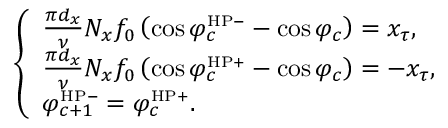
\left\{ \begin{array} { l l } { \frac { \pi d _ { x } } { \nu } N _ { x } f _ { 0 } \left( \cos \varphi _ { c } ^ { \mathrm { \scriptscriptstyle { H P - } } } - \cos \varphi _ { c } \right) = x _ { \tau } , } \\ { \frac { \pi d _ { x } } { \nu } N _ { x } f _ { 0 } \left( \cos \varphi _ { c } ^ { \mathrm { \scriptscriptstyle { H P + } } } - \cos \varphi _ { c } \right) = - x _ { \tau } , } \\ { \varphi _ { c + 1 } ^ { \mathrm { \scriptscriptstyle { H P - } } } = \varphi _ { c } ^ { \mathrm { \scriptscriptstyle { H P + } } } . } \end{array} \right.